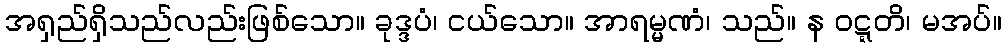
အရှည်ရှိသည်လည်းဖြစ်သော။ ခုဒ္ဒပံ၊ ငယ်သော။ အာရမ္မဏံ၊ သည်။ န ဝဋ္ဋတိ၊ မအပ်။